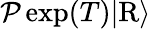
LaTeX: \begin{array}{r}{\mathcal{P}\exp(T)\vert\mathrm{R}\rangle}\end{array}